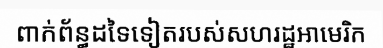
ពាក់ព័ន្ធដទៃទៀតរបស់សហរដ្ឋអាមេរិក